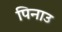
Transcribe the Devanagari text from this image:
पिनाउ